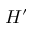
H ^ { \prime }